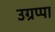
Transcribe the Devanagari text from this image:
उग्रप्पा